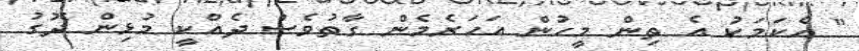
" އެކަމަކު އެ ތިން މީހުން އަހަރެމެން ގާތުވެސް ދެއްކީ މުޅިން ދޮގު